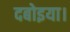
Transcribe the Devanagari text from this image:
दबोइया।